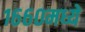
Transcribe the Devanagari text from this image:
१६६०मध्ये